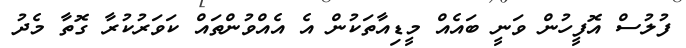
ފުލުސް އޮފީހުން ވަނީ ބައެއް މީޑިއާތަކުން އެ އެއްވުންތައް ކަވަރުކުރާ ގޮތާ މެދު